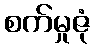
စက်မှုဇုံ